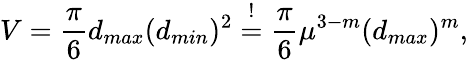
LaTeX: V=\frac{\pi}{6}d_{max}(d_{min})^{2}\overset{!}{=}\frac{\pi}{6}\mu^{3-m}(d_{max})^{m},